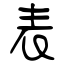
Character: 表